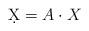
LaTeX: \begin{align*} \d X = A \cdot X\end{align*}